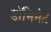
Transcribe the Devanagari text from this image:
डॉमिनेट